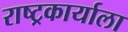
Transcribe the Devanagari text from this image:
राष्ट्रकार्याला